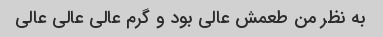
به نظر من طعمش عالی بود و گرم عالی عالی عالی